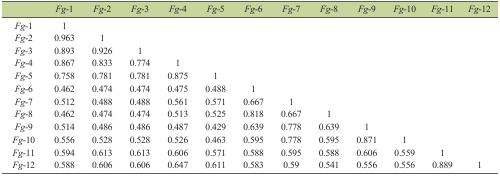
<table><thead><tr><td></td><td><b><i>Fg</i>-1</b></td><td><b><i>Fg</i>-2</b></td><td><b><i>Fg</i>-3</b></td><td><b><i>Fg</i>-4</b></td><td><b><i>Fg</i>-5</b></td><td><b><i>Fg</i>-6</b></td><td><b><i>Fg</i>-7</b></td><td><b><i>Fg</i>-8</b></td><td><b><i>Fg</i>-9</b></td><td><b><i>Fg</i>-10</b></td><td><b><i>Fg</i>-11</b></td><td><b><i>Fg</i>-12</b></td></tr></thead><tbody><tr><td><i>Fg</i>-1</td><td>1</td><td></td><td></td><td></td><td></td><td></td><td></td><td></td><td></td><td></td><td></td><td></td></tr><tr><td><i>Fg</i>-2</td><td>0.963</td><td>1</td><td></td><td></td><td></td><td></td><td></td><td></td><td></td><td></td><td></td><td></td></tr><tr><td><i>Fg</i>-3</td><td>0.893</td><td>0.926</td><td>1</td><td></td><td></td><td></td><td></td><td></td><td></td><td></td><td></td><td></td></tr><tr><td><i>Fg</i>-4</td><td>0.867</td><td>0.833</td><td>0.774</td><td>1</td><td></td><td></td><td></td><td></td><td></td><td></td><td></td><td></td></tr><tr><td><i>Fg</i>-5</td><td>0.758</td><td>0.781</td><td>0.781</td><td>0.875</td><td>1</td><td></td><td></td><td></td><td></td><td></td><td></td><td></td></tr><tr><td><i>Fg</i>-6</td><td>0.462</td><td>0.474</td><td>0.474</td><td>0.475</td><td>0.488</td><td>1</td><td></td><td></td><td></td><td></td><td></td><td></td></tr><tr><td><i>Fg</i>-7</td><td>0.512</td><td>0.488</td><td>0.488</td><td>0.561</td><td>0.571</td><td>0.667</td><td>1</td><td></td><td></td><td></td><td></td><td></td></tr><tr><td><i>Fg</i>-8</td><td>0.462</td><td>0.474</td><td>0.474</td><td>0.513</td><td>0.525</td><td>0.818</td><td>0.667</td><td>1</td><td></td><td></td><td></td><td></td></tr><tr><td><i>Fg</i>-9</td><td>0.514</td><td>0.486</td><td>0.486</td><td>0.487</td><td>0.429</td><td>0.639</td><td>0.778</td><td>0.639</td><td>1</td><td></td><td></td><td></td></tr><tr><td><i>Fg</i>-10</td><td>0.556</td><td>0.528</td><td>0.528</td><td>0.526</td><td>0.463</td><td>0.595</td><td>0.778</td><td>0.595</td><td>0.871</td><td>1</td><td></td><td></td></tr><tr><td><i>Fg</i>-11</td><td>0.594</td><td>0.613</td><td>0.613</td><td>0.606</td><td>0.571</td><td>0.588</td><td>0.595</td><td>0.588</td><td>0.606</td><td>0.559</td><td>1</td><td></td></tr><tr><td><i>Fg</i>-12</td><td>0.588</td><td>0.606</td><td>0.606</td><td>0.647</td><td>0.611</td><td>0.583</td><td>0.59</td><td>0.541</td><td>0.556</td><td>0.556</td><td>0.889</td><td>1</td></tr></tbody></table>